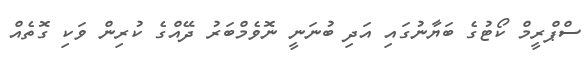
ސްޕްރީމް ކޯޓުގެ ބަޔާނުގައި އަދި ބުނަނީ ނޮވެމްބަރު ދޭއްގެ ކުރިން ވަކި ގޮތެއް